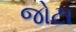
જોટા